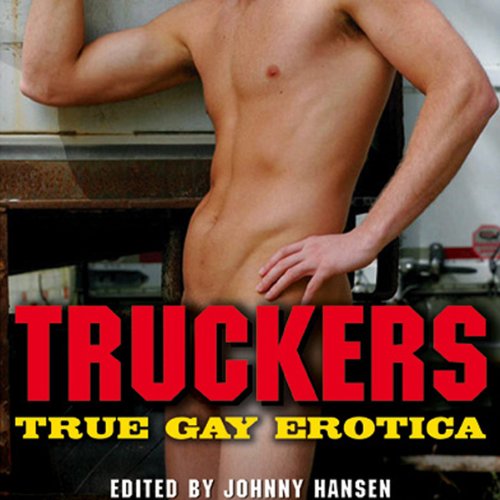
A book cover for Truckers: True Gay Erotica; Johnny Hansen; Romance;